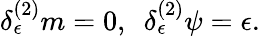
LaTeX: \delta_{\epsilon}^{(2)}m=0,\ \ \delta_{\epsilon}^{(2)}\psi=\epsilon.